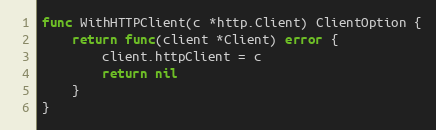
Language: Go
func WithHTTPClient(c *http.Client) ClientOption {
	return func(client *Client) error {
		client.httpClient = c
		return nil
	}
}